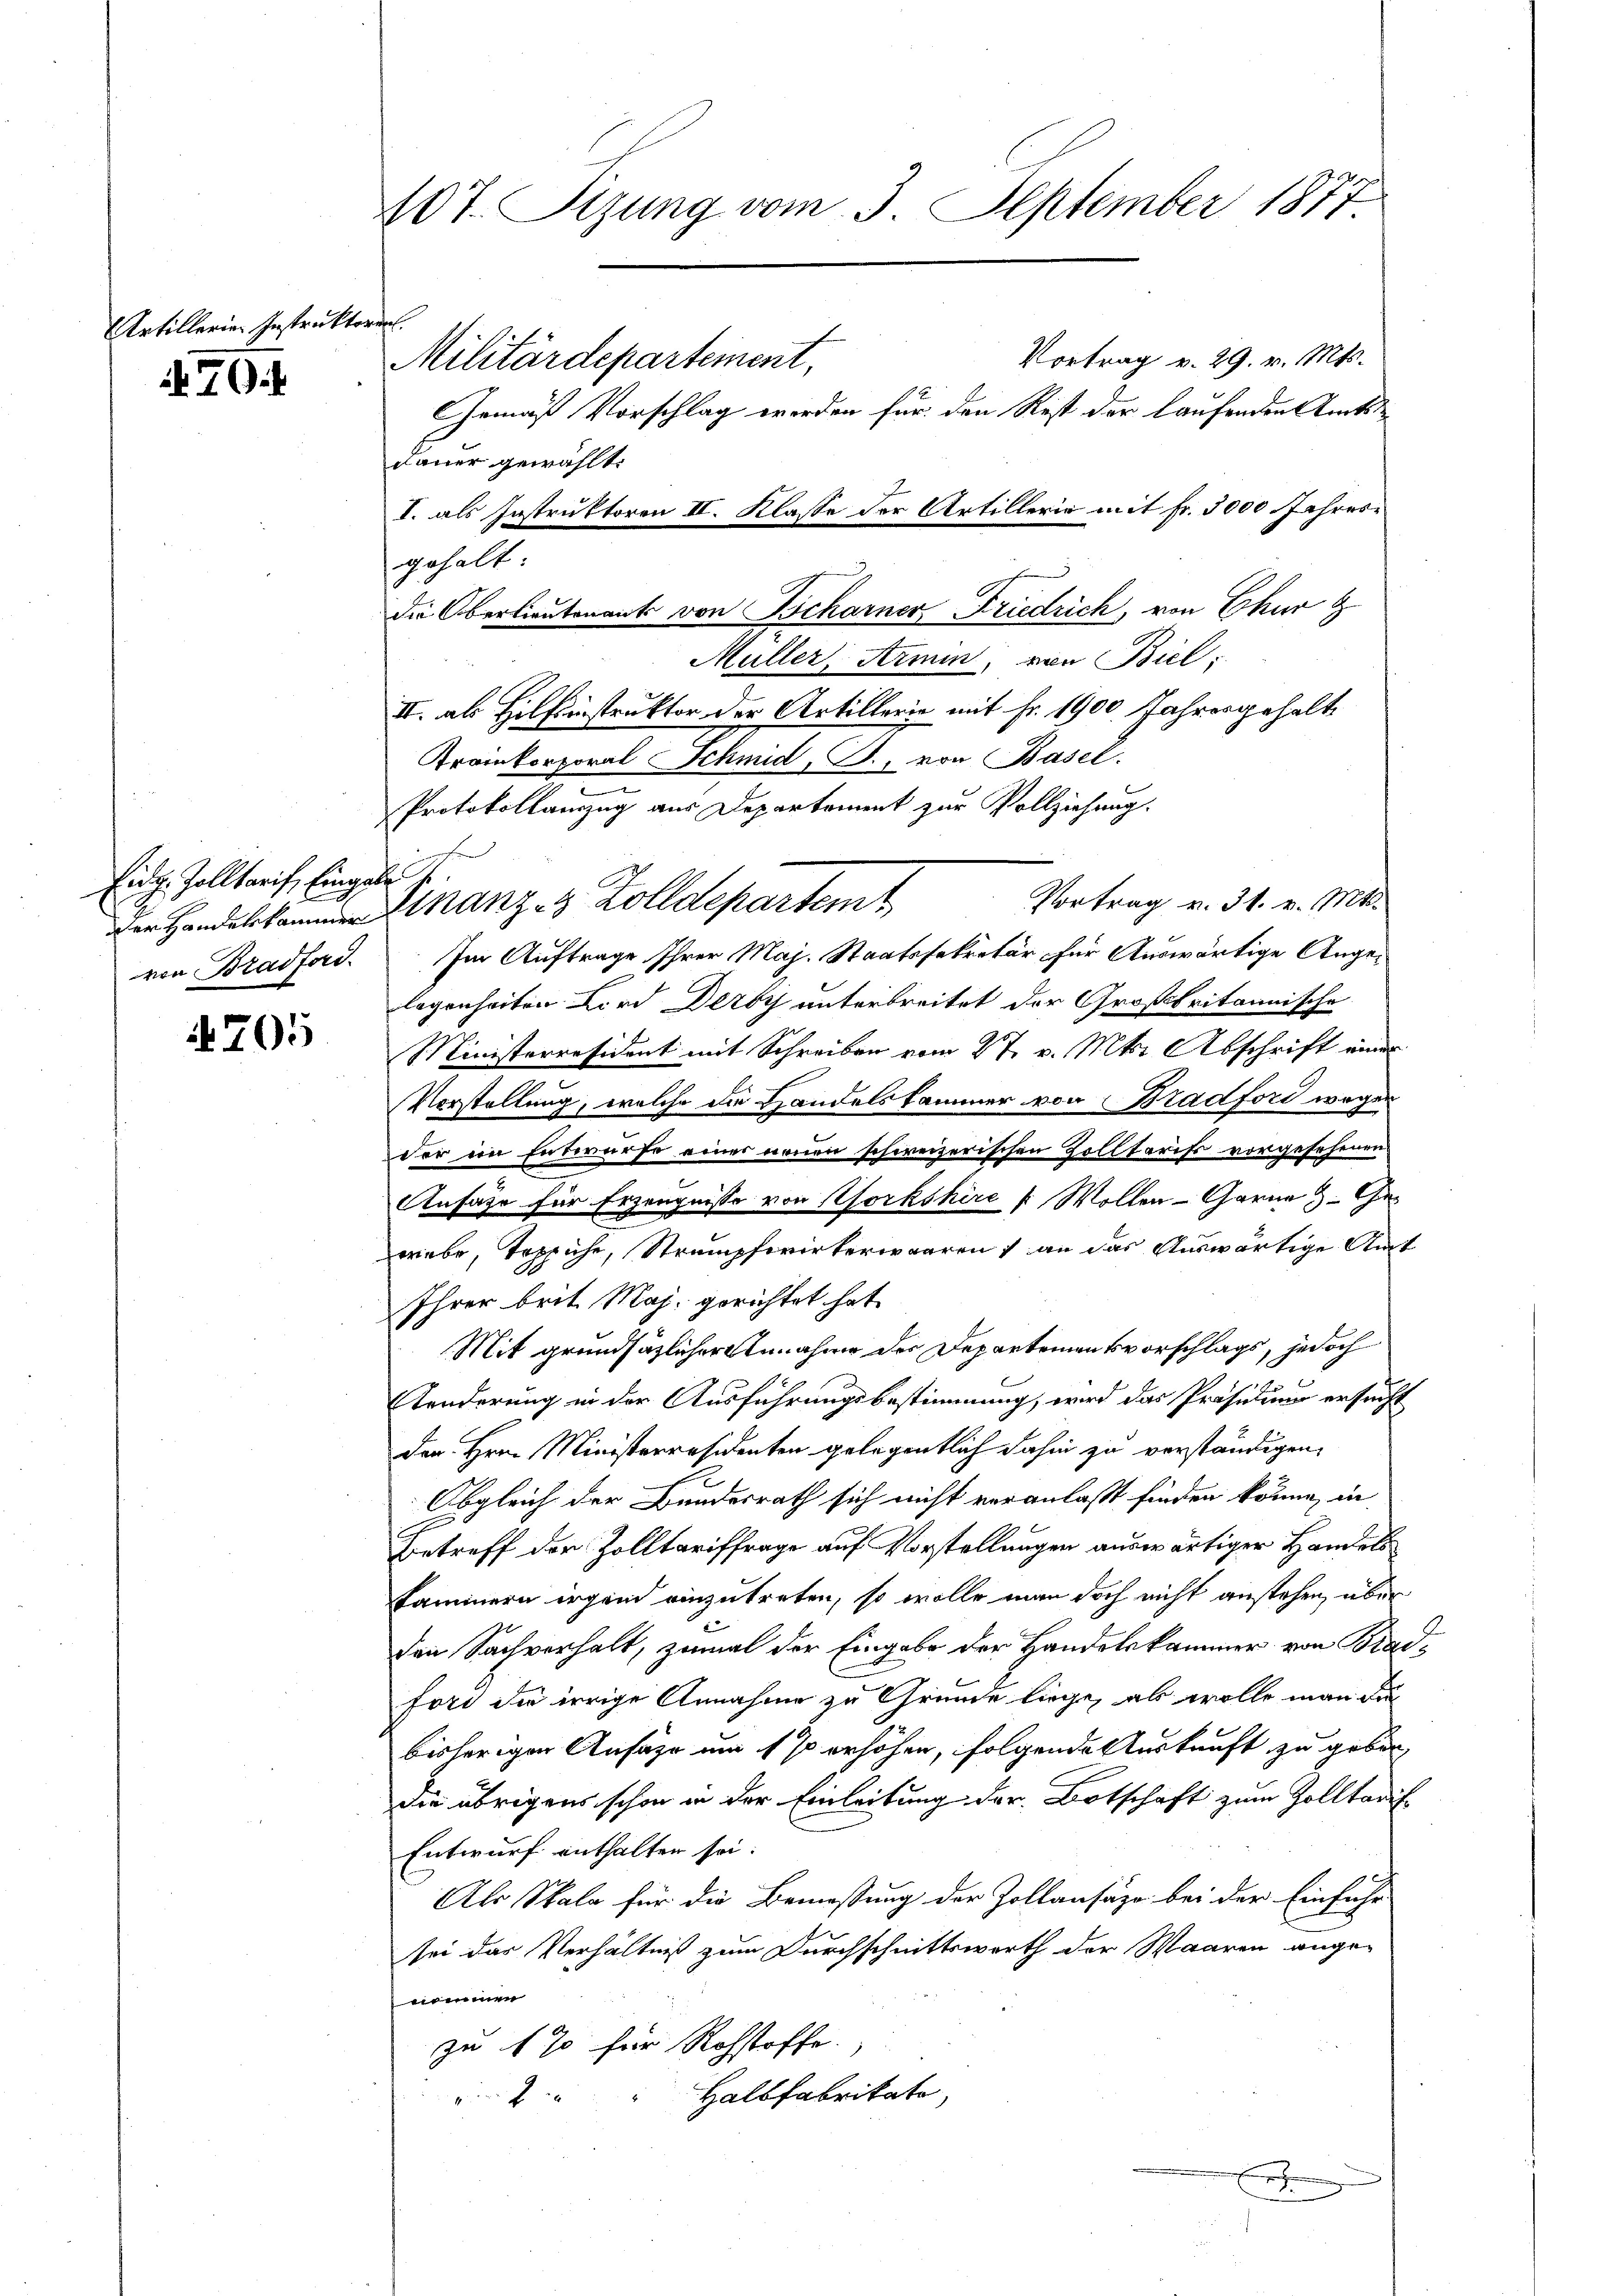
Artillerien Instruktor
70

Eidg. Zolltarif, Eingabe
von Bradford

705

407. Sizung vom 3. September 1877

f
Vortrag v. 29. v. Mts.
Gemäß Vorschlag werden für den Rest der laufenden Amtsdauer gewählt.
I. als Instruktoren II. Klasse der Artillerie mit Fr. 3000 Jahres
gehalt
die Oberlieutenants von Scharner Friedrich, von Chur g
Müller, Armin, von Biel
II. als Hilfsinstruktor der Artillerie mit Fr. 1900. Jahresgehalt
Krainkorporal Schmid, J., von Basel.
.
c
Protokollamzug aus Departement zur Vollziehung.
Vortrag v. 31. v. Mts.
Im Auftrage Ihrer Maj. Staatssekretär für Auswärtige Angelegenheiten Kird Deroy unterbreitet der Großbritannische
Ministerresident mit Schreiben vom 27. v. Mts. Abschrift einer
Vorstellung, welche die Handelskammer von Badford wegen
der im Entwurfe eines neuen schweizerischen Zolltarifs vorgesehenen
Anfäge für Erzeugnisse von Workshire & Wollen Garne Geriebe, Teppiche, Strumpfwirkerwaaren an das Auswärtige Amt
Ihrer brit Maj. gerichtet hat
Mit grundsätzlicher Annahme des Departementsvorschlags, jedoch
Kenderung in der Ausführungsbestimmung, wird das Präsidium ersucht
den Hrn. Ministerresidenten gelegentlich dahin zu verständigen,
Obgleich der Bundesrath sich nicht veranlaßt finden könne, in
Betreff der Zolltariffrage auf Vorstellungen auswärtiger Handels
kammern irgend einzutreten, so wolle man doch nicht anstehen, über
den Sachverhalt, zumal der Eingabe der Handelskammer von Badfori die irrige Annahme zu Grunde liege, als wolle man die
bisherigen Ansätze um so erhöhen, folgende Auskunft zu geben,
die übrigens schon in der Einleitung der Botschaft zum Zolltadif
Entwurf enthalten sei.
Als Skala für die Bemessung der Zollansäzo bei der Einführ
sei das Verhältniß zum Durchschnittswerth der Waaren angenommen
zu 1 70 für Rohstoffe.
Halbfabrikate,
z
h

Militärdepartement,

Handel anze Zolldepartemt